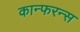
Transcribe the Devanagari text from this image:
कान्फरन्स